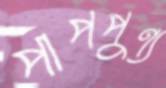
পাপপুণ্য